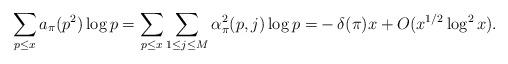
LaTeX: \begin{align*} \sum_{p \leq x}a_{\pi}(p^2)\log p =\sum_{p \leq x}\sum_{1 \leq j \leq M}\alpha^2_{\pi}(p, j)\log p =& -\delta(\pi)x+O(x^{1/2}\log^{2} x).\end{align*}